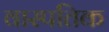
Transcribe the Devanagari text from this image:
वास्पतिक